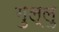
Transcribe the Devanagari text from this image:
गुल्लु